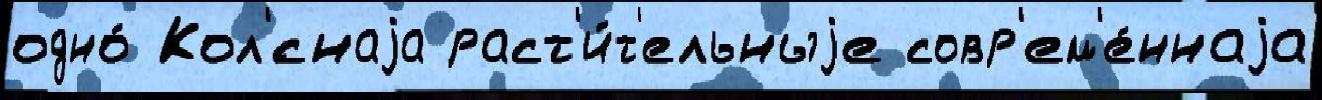
одно́ Кол'́снаjа раст'и́т'ельныjе совр'ем'е́ннаjа